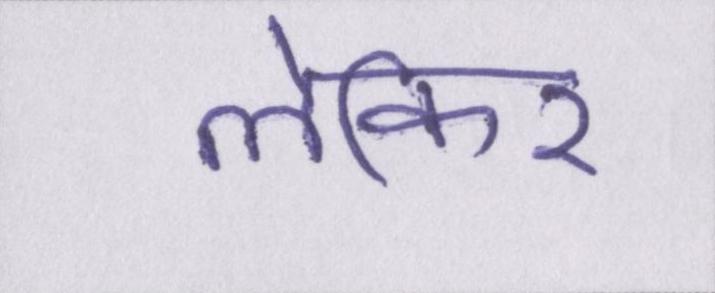
लेकिर